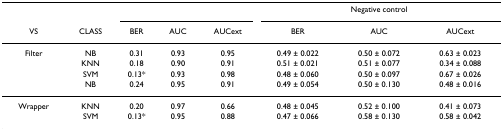
|  |  |  |  |  | <COLSPAN=3> Negative control |
 | VS | CLASS | BER | AUC | AUCext | BER | AUC | AUCext |
 | --- | --- | --- | --- | --- | --- | --- | --- |
 | Filter | NB | 0.31 | 0.93 | 0.95 | 0.49 ± 0.022 | 0.50 ± 0.072 | 0.63 ± 0.023 |
 |  | KNN | 0.18 | 0.90 | 0.91 | 0.51 ± 0.021 | 0.51 ± 0.077 | 0.34 ± 0.088 |
 |  | SVM | 0.13* | 0.93 | 0.98 | 0.48 ± 0.060 | 0.50 ± 0.097 | 0.67 ± 0.026 |
 |  | NB | 0.24 | 0.95 | 0.91 | 0.49 ± 0.054 | 0.50 ± 0.130 | 0.48 ± 0.016 |
 | Wrapper | KNN | 0.20 | 0.97 | 0.66 | 0.48 ± 0.045 | 0.52 ± 0.100 | 0.41 ± 0.073 |
 |  | SVM | 0.13* | 0.95 | 0.88 | 0.47 ± 0.066 | 0.58 ± 0.130 | 0.58 ± 0.042 |